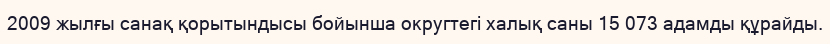
2009 жылғы санақ қорытындысы бойынша округтегі халық саны 15 073 адамды құрайды.